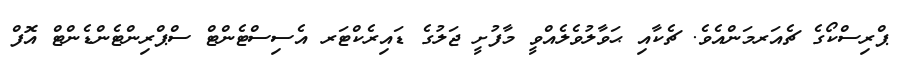
ޕްރިސްކޯގެ ޗެއަރމަންއެވެ. ޗެކާއި ޙަވާލުވެލެއްވީ މާފުށީ ޖަލުގެ ޑައިރެކްޓަރ އެސިސްޓެންޓް ސްޕްރިންޓެންޑެންޓް އޮފް